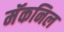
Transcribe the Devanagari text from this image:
मॅकनिल